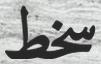
سخط